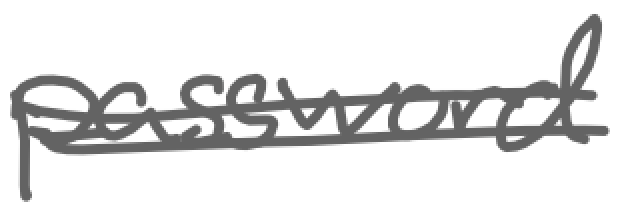
Text: password
Cross-out: wave
Writing tool: digital_gray